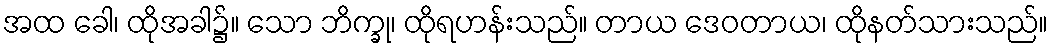
အထ ခေါ၊ ထိုအခါ၌။ သော ဘိက္ခု၊ ထိုရဟန်းသည်။ တာယ ဒေဝတာယ၊ ထိုနတ်သားသည်။